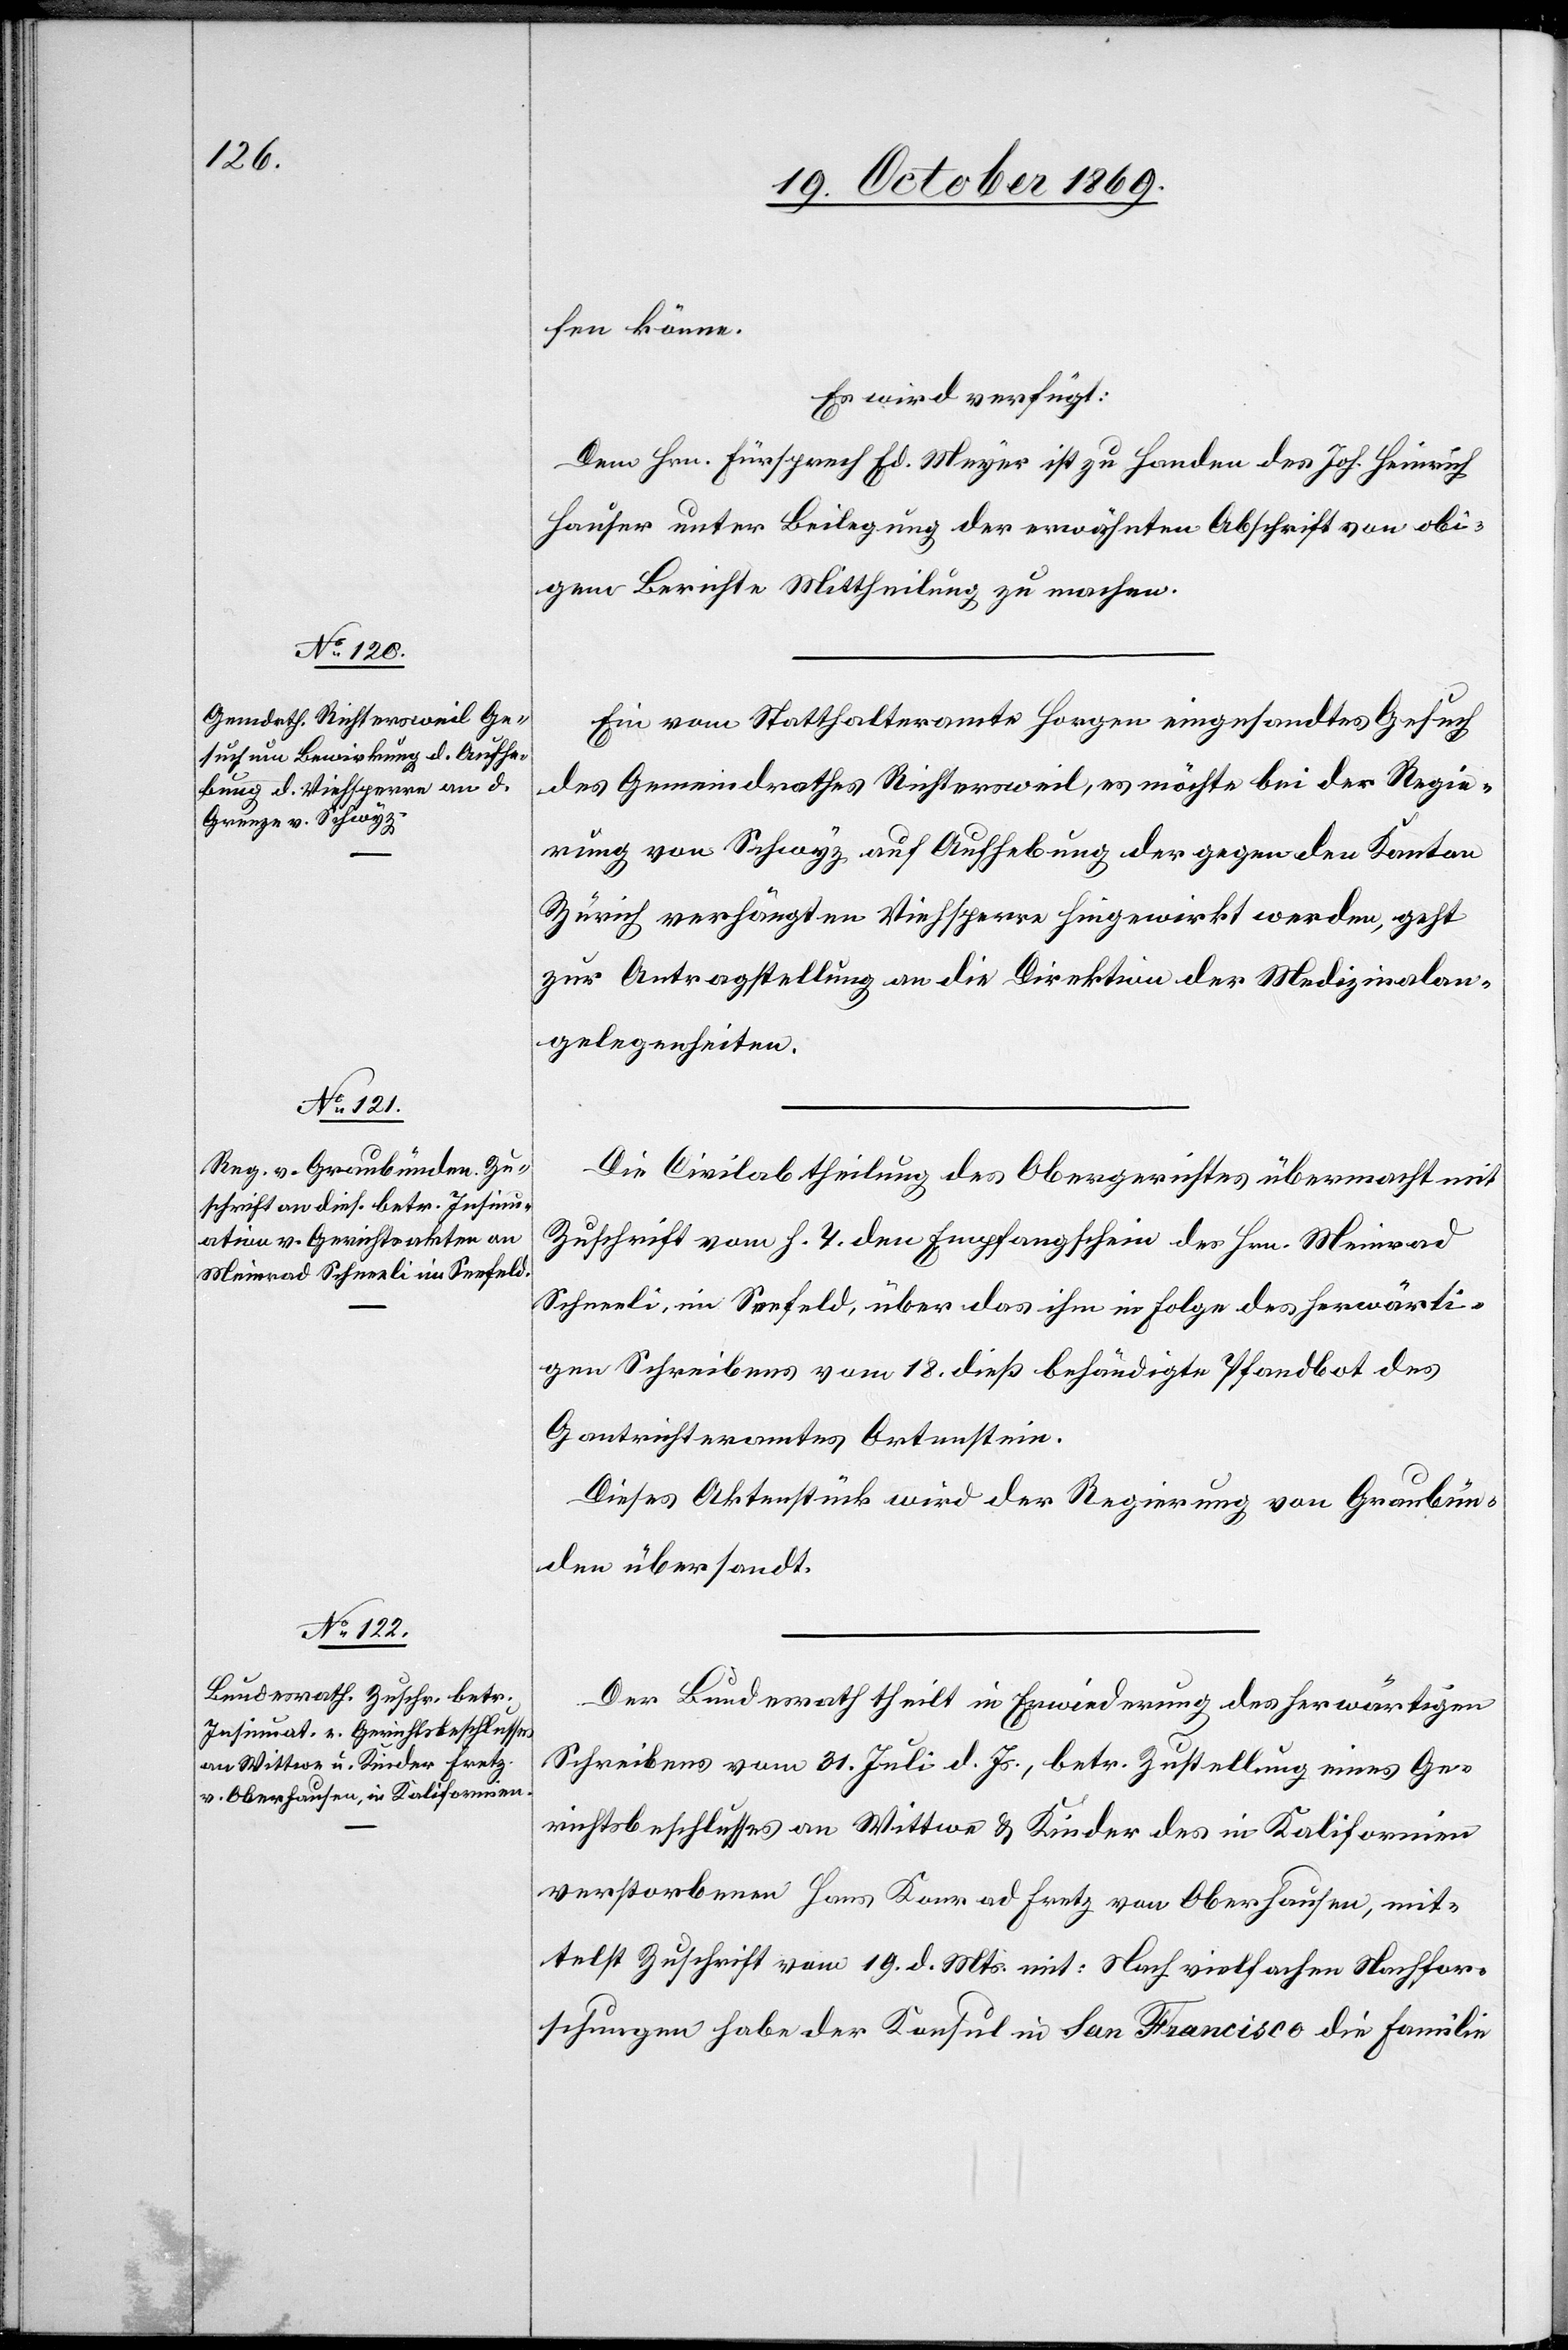
22. October 1869.]
fen könne.
Es wird verfügt:
Dem Hrn. Fürsprech Ed. Meyer ist zu Handen des Joh. Heinrich
Hauser unter Beilegung der erwähnten Abschrift von obi¬
gem Berichte Mittheilung zu machen.
Ein vom Statthalteramte Horgen eingesandtes Gesuch
des Gemeindrathes Richtersweil, es möchte bei der Regie¬
rung von Schwyz auf Aufhebung der gegen den Kanton
Zürich verhängten Viehsperre hingewirkt werden, geht
zur Antragstellung an die Direktion der Medizinalan¬
gelegenheiten.
Die Civilabtheilung des Obergerichtes übermacht mit
Zuschrift vom h. T. den Empfangschein des Hrn. Meinrad
Schneeli, im Seefeld, über das ihm in Folge des herwärti¬
gen Schreibens vom 18. dieß behändigte Pfandbot des
Gantrichteramtes Ortenstein.
Dieses Aktenstück wird der Regierung von Graubün¬
den übersandt.
Der Bundesrath theilt in Erwiederung des herwärtigen
Schreibens vom 31. Juli d. Js., betr. Zustellung eines Ge¬
richtsbeschlusses an Wittwe & Kinder des in Kalifornien
verstorbenen Hans Konrad Fretz von Oberhausen, mit¬
telst Zuschrift vom 19. d. Mts. mit: Nach vielfachen Nachfor¬
schungen habe der Konsul in San Francisco die Familie